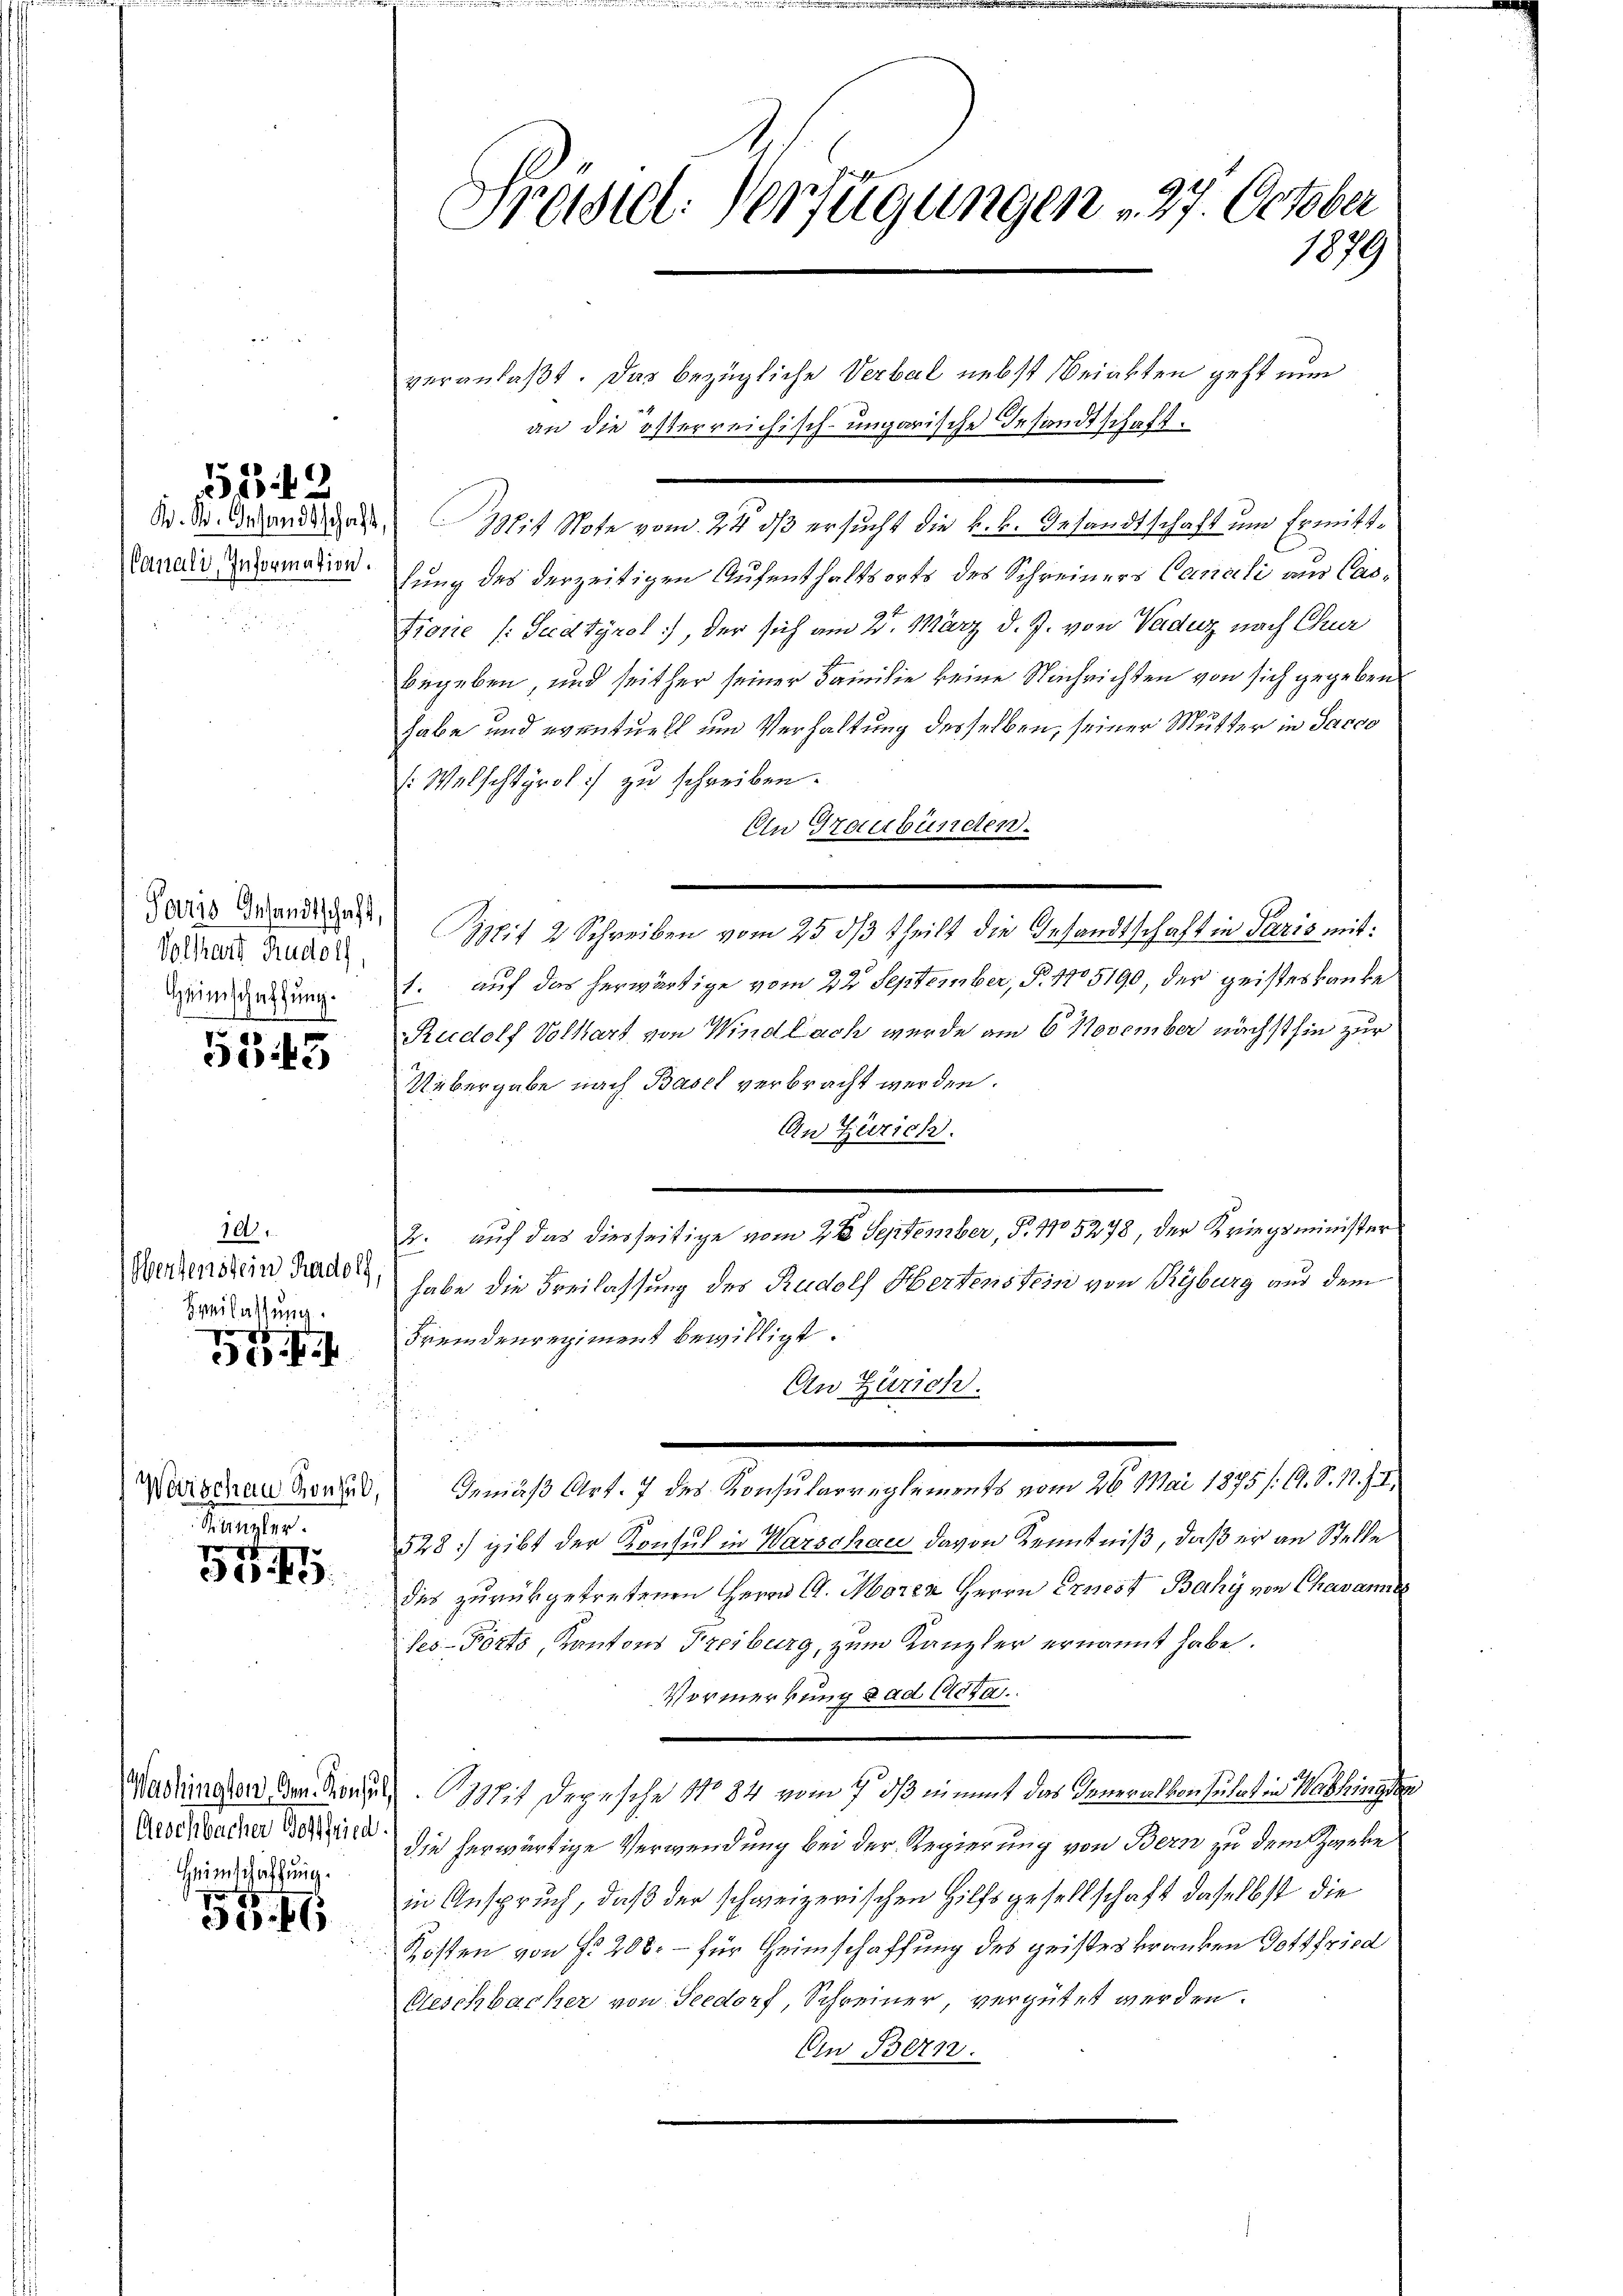
552

Canali, Information.

Paris Gesandtschaft,
Volfhart Rudolf,

5343

101
Wentenstein Radolf,
Breilassung.

g
i

Kanzler.

e
Go. 41

Heimschatzung

58. 11

Preiseel: Verfügungen u. 27. October
1879

veranlaßt. Das bezügliche Verbal nebst Beinkten geht nun
an die österreichisch-ungarische Gesandtschaft.
S. Dr. Behande gene Mit Note vom 24. ds ersucht die k.k. Gesandtschaft um Ermittlung des derzeitigen Aufenthaltsorts des Schreiners Canali aus Cas¬
Fiorie (: Sedtyrol, der sich am 25. März d. J. von Vaduz nach Chur
begeben, und seither seiner Familie keine Nachrichten von sich gegeben
habe und eventuell um Verhaltung desselben, seiner Mutter in Sacco
s: Welschtgrol zu schreiben.
Ein Graubünden.
Sptit 2 Schreiben vom 25. dβ theilt die Gesandtschaft in Paris mit:
ürdnung 1. auf das herwärtige vom 22. September, §. 1705190, der geisteskranke
Rudolf Volkart von Wind Lach wurde am 6 November nächsthin zur
Uebergabe nach Basel verbracht werden.
An Zürich.
auf das diesseitige vom 2 t September, P. No 5278, der Kriegsminister
.
habe die Freilassung des Rudolf Hertenstein von Kyburg aus dem
Fremdenregiment bewilligt.
An Zürich.
Warschau donne Gemäß Art. 7 des Konsularreglements vom 26. Mai 1875 /: A. S. 11. f. I.
10.
528) gibt der Konsul in Warschau davon Kenntniß, daß er an Stelle
des zurükgetretenen Herrn C. Moren Herrn Ernest Bahy von Chavanne
Ses-Forts, Kantons Freiburg, zum Kanzler ernannt habe.
Vormerkung d ad Acta.
Wadlinger Beding. Mit Depesche No 84 vom 7. ds nimmt das Generalkonsulat in Washinge
Geschwacher den die herwärtige Verwendung bei der Regierung von Bern zu dem Schanke
in Anspruch, daß der schweizerischen Hilfsgesellschaft daselbst die
Kosten von f. 208. – für Heimschaffung des geisteskranken Gottfried
Geschbacher von Seedorf, Schreiner, vergütet werden.
Ein Bern.